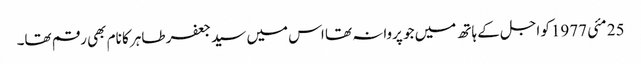
25 مئی 1977کو اجل کے ہاتھ میں جو پروانہ تھا اس میں سید جعفر طاہر کا نام بھی رقم تھا۔